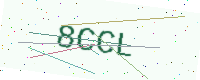
Text: 8CCL